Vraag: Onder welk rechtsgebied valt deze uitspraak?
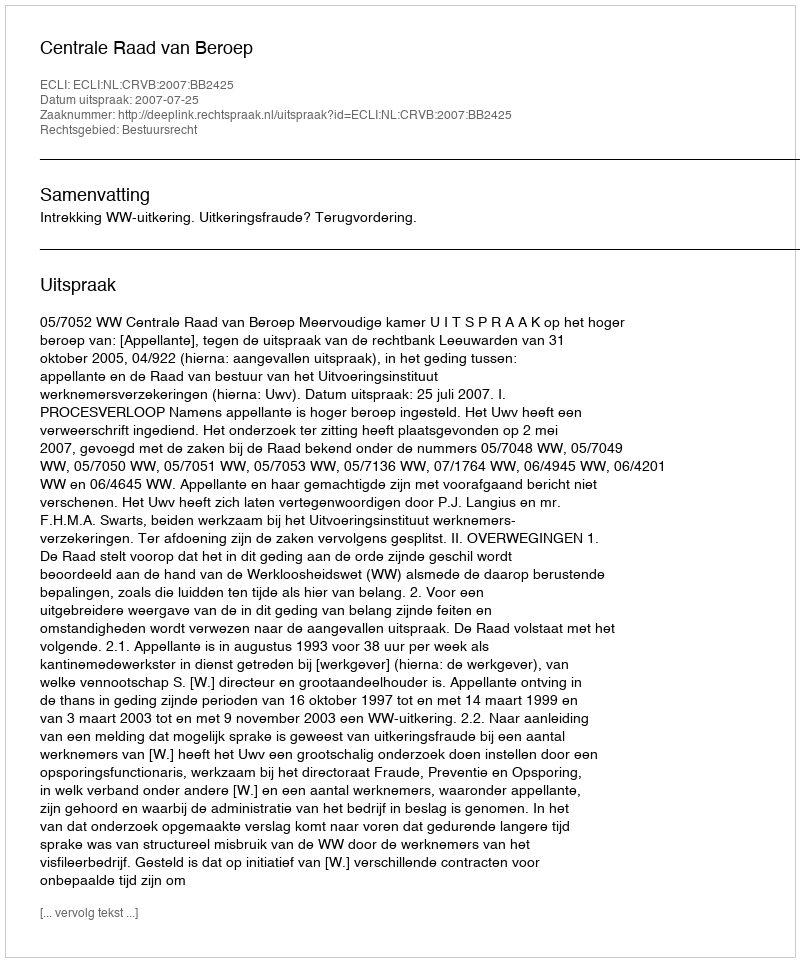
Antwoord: Bestuursrecht